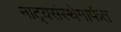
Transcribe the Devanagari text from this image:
नाट्यसंस्थेमार्फत